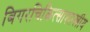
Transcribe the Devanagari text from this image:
बिगरचिकित्साशास्त्रीय